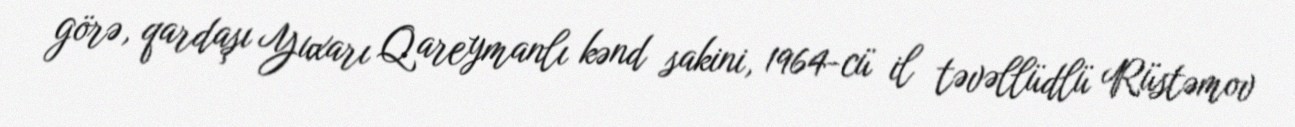
görə, qardaşı Yuxarı Qareymanlı kənd sakini, 1964-cü il təvəllüdlü Rüstəmov